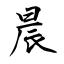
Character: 晨